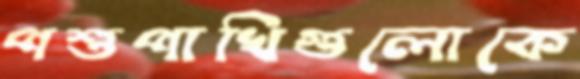
পশুপাখিগুলোকে